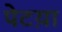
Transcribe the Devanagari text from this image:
पेटय़ा